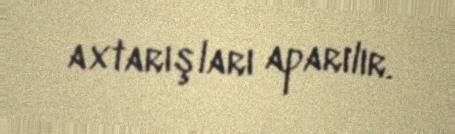
axtarışları aparılır.